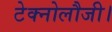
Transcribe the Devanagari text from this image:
टेक्नोलौजी।